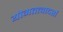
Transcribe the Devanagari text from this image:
योगतत्त्वादर्श